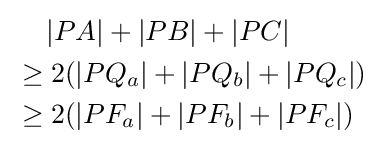
{\begin{aligned}&\quad \,|PA|+|PB|+|PC|\\&\geq 2(|PQ_{a}|+|PQ_{b}|+|PQ_{c}|)\\&\geq 2(|PF_{a}|+|PF_{b}|+|PF_{c}|)\end{aligned}}